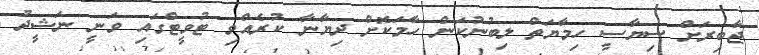
ޖާބިރަށް ސިޔާސީ ހިމާޔަތް ލިބުނުކަން ހާމަކޮށް ދިޔާނާ ކުރެއްވި ޓުވީޓްގައި ވަނީ ނަޝީދު